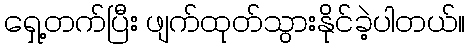
ရှေ့တက်ပြီး ဖျက်ထုတ်သွားနိုင်ခဲ့ပါတယ်။